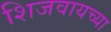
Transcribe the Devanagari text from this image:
शिजवायच्या